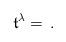
LaTeX: \begin{align*}\mathfrak{t}^\lambda=\,.\end{align*}